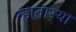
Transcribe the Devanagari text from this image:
म्हातार्‍या